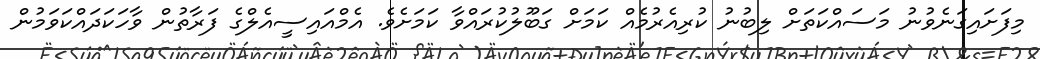
މިފަށައިގަނެވުނު މަސައްކަތަށް ލިބުނު ކުރިއެރުމެއް ކަމަށް ގަބޫލުކުރައްވާ ކަމަށެވެ. އެމްއައިސީއެލްގެ ފަރާތުން ވާހަކަދައްކަވަމުން